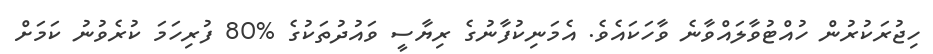
ހިޖުރަކުރުން ހުއްޓުވާލައްވާނެ ވާހަކައެވެ. އެމަނިކުފާނުގެ ރިޔާސީ ވައުދުތަކުގެ %80 ފުރިހަމަ ކުރެވުނު ކަމަށް